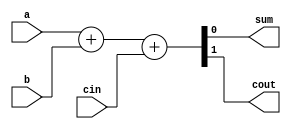
/*Full Adder
				*/
`timescale 1ns / 1ps
module Adder(
    input a,
    input b,
    input cin,
    output sum,
    output cout
    );

	assign {cout, sum} = a+b+cin;	//Adding the operands and storing in sum and cout

endmodule